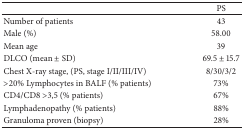
<table><thead><tr><td><b> </b></td><td><b>PS </b></td></tr></thead><tbody><tr><td>Number of patients</td><td>43</td></tr><tr><td>Male (%)</td><td>58.00</td></tr><tr><td>Mean age</td><td>39</td></tr><tr><td>DLCO (mean ± SD)</td><td>69.5 ± 15.7</td></tr><tr><td>Chest X-ray stage, (PS, stage I/II/III/IV)</td><td>8/30/3/2</td></tr><tr><td>&gt;20% Lymphocytes in BALF (% patients)</td><td>73%</td></tr><tr><td>CD4/CD8 &gt;3,5 (% patients)</td><td>67%</td></tr><tr><td>Lymphadenopathy (% patients)</td><td>88%</td></tr><tr><td>Granuloma proven (biopsy)</td><td>28%</td></tr></tbody></table>